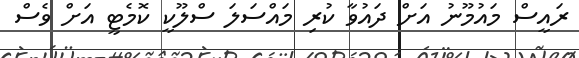
ރައީސް މައުމޫނު އަށް ދައުވާ ކުރި މައްސަލަ ސްލޫކީ ކޮމެޓީ އަށް ވެސް